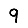
Digit: 9